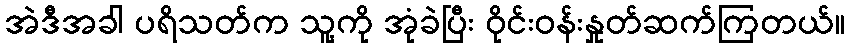
အဲဒီအခါ ပရိသတ်က သူ့ကို အုံခဲပြီး ဝိုင်းဝန်းနှုတ်ဆက်ကြတယ်။